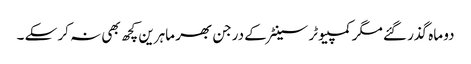
دو ماہ گذر گئے مگر کمپیوٹر سینٹر کے درجن بھر ماہرین کچھ بھی نہ کر سکے ۔